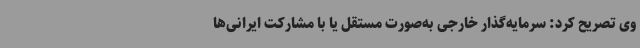
وی تصریح کرد: سرمایه‌گذار خارجی به‌صورت مستقل یا با مشارکت ایرانی‌ها